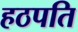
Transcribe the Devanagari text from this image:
हठपति